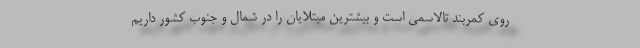
روی کمربند تالاسمی است و بیشترین مبتلایان را در شمال و جنوب کشور داریم